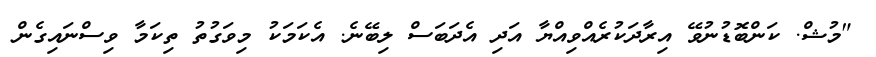
"މުޝް. ކަންބޮޑުނުވޭ އިރާދަކުރެއްވިއްޔާ އަދި އެދަބަސް ލިބޭނެ. އެކަމަކު މިވަގުތު ތިކަމާ ވިސްނައިގެން